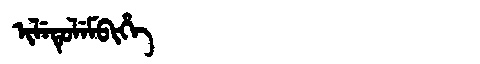
Manchu: ᡳᠯᡝᡨᡠᠯᡝᠮᠪᡳᡥᡝ
Romanization: ILETULEMBIHE